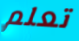
تعلم